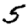
Digit: 5